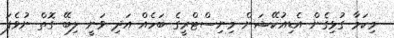
މިކަމާ ގުޅިގެން އެޑިއުކޭޝަން މިނިސްޓްރީގެ ބަހެއް އަދި ވަނީ ލިބޭ ގޮތް ނުވެފަ